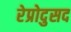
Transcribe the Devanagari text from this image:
रेप्रोदुसद